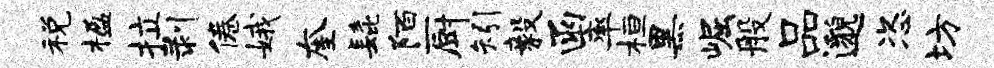
税楹拉剥倦娥奎髭陌厨矧毅函率桓黑崛般品邈恣坊